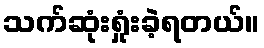
သက်ဆုံးရှုံးခဲ့ရတယ်။